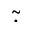
\tilde { \cdot }